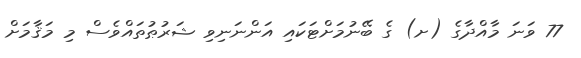
77 ވަނަ މާއްދާގެ (ށ) ގެ ބޭނުމަށްޓަކައި އަންނަނިވި ޝަރުޠުތައްވެސް މި މަޤާމަށް